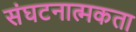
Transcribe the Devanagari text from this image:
संघटनात्मकता